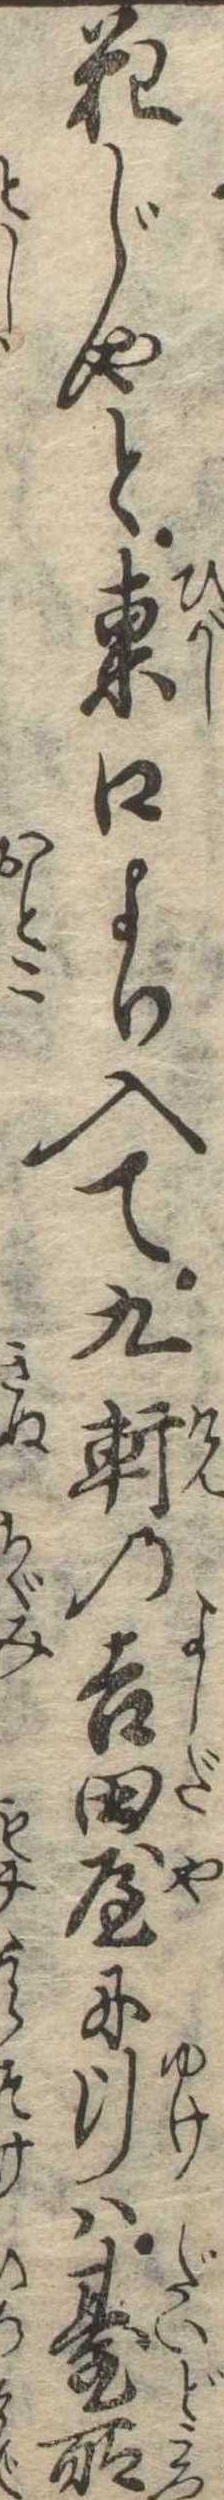
花じやと東口より入て九軒の吉田屋に行は台所